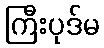
ကြီးပုဒ်မ